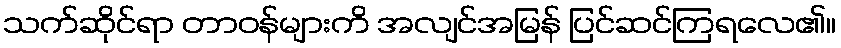
သက်ဆိုင်ရာ တာဝန်များကိ အလျင်အမြန် ပြင်ဆင်ကြရလေ၏။